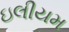
ઇલીયમ